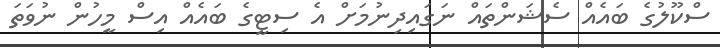
ސްކޫލުގެ ބައެއް ސެޝަންތައް ނަގައިދިނުމަށް އެ ސިޓީގެ ބައެއް އިސް މީހުން ނުވަތަ